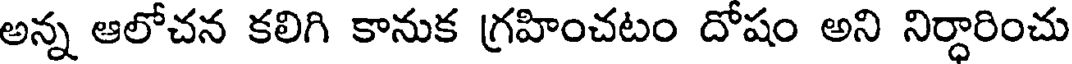
అన్న ఆలోచన కలిగి కానుక గ్రహించటం దోషం అని నిర్ధారించు